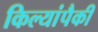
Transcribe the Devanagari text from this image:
किल्यांपैकी